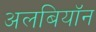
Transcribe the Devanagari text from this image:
अलबियॉन